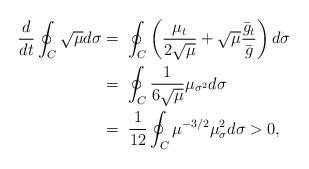
LaTeX: \begin{align*} \frac{d}{dt}\oint_C\sqrt{\mu}d\sigma&=\;\oint_C\left(\frac{\mu_t}{2\sqrt{\mu}}+\sqrt{\mu}\frac{\bar{g}_t}{\bar{g}}\right)d\sigma\\ &=\;\oint_C\frac{1}{6\sqrt{\mu}}\mu_{\sigma^2}d\sigma\\ &=\;\frac{1}{12}\oint_C\mu^{-3/2}\mu_{\sigma}^2d\sigma>0, \end{align*}